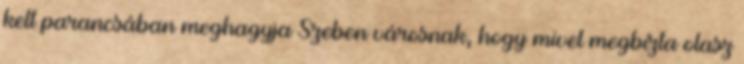
kelt parancsában meghagyja Szeben városnak, hogy mivel megbízta olasz